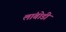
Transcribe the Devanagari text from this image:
लांबोडी